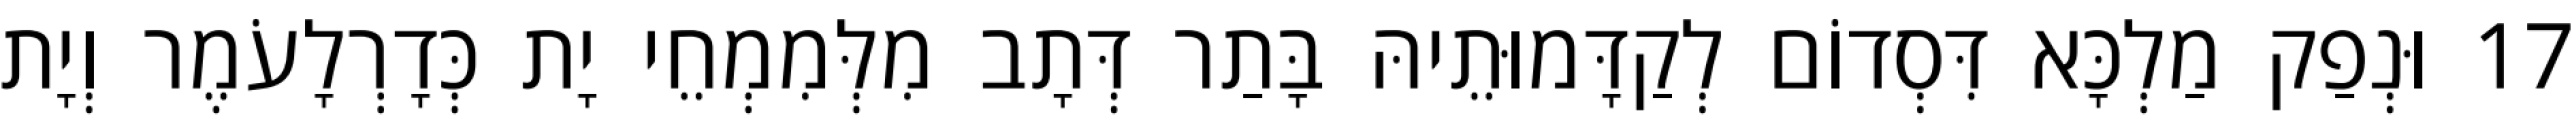
17 וּנְפַק מַלְכָּא דִּסְדוֹם לְקַדָּמוּתֵיהּ בָּתַר דְּתָב מִלְּמִמְחֵי יָת כְּדָרְלָעֹמֶר וְיָת